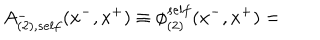
LaTeX: A _ { ( 2 ) , s e l f } ^ { - } ( x ^ { - } , x ^ { + } ) \equiv { \phi } _ { ( 2 ) } ^ { s e l f } ( x ^ { - } , x ^ { + } ) =